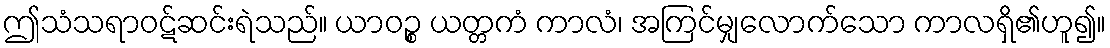
ဤသံသရာဝဋ်ဆင်းရဲသည်။ ယာဝဉ္စ ယတ္တကံ ကာလံ၊ အကြင်မျှလောက်သော ကာလရှိ၏ဟူ၍။